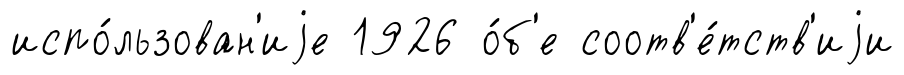
испо́льзован'иjе 1926 о́б'е соотв'е́тств'иjи